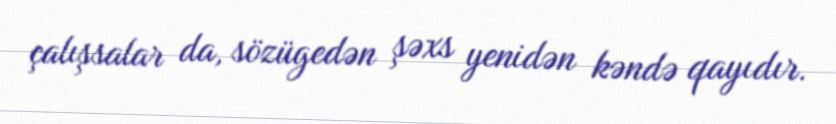
çalışsalar da, sözügedən şəxs yenidən kəndə qayıdır.